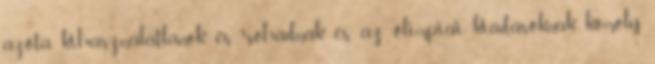
azóta kihasználatlanok és rohadnak, és az olimpiai kiadásoknak komoly